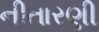
નીતારણી